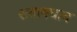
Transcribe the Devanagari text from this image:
शतावधान